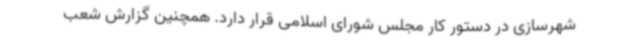
شهرسازی در دستور کار مجلس شورای اسلامی قرار دارد. همچنین گزارش شعب